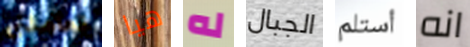
تعاملني هيا له الجبال أستلم انه